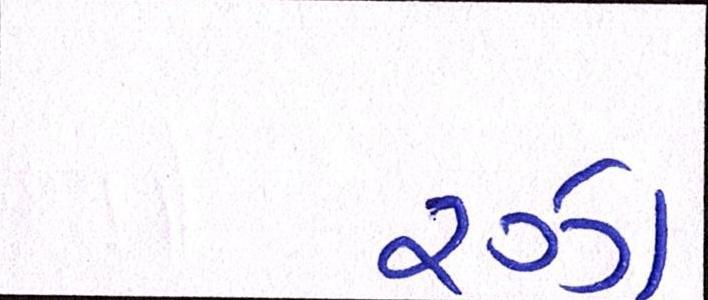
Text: રઝા